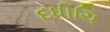
દધીચિ